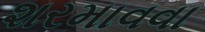
શરમાવવા